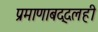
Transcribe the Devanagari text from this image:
प्रमाणाबद्दलही